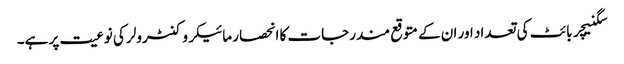
سگنیچر بائٹ کی تعداد اور ان کے متوقع مندرجات کا انحصار مائیکروکنٹرولر کی نوعیت پر ہے۔